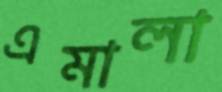
এমালা